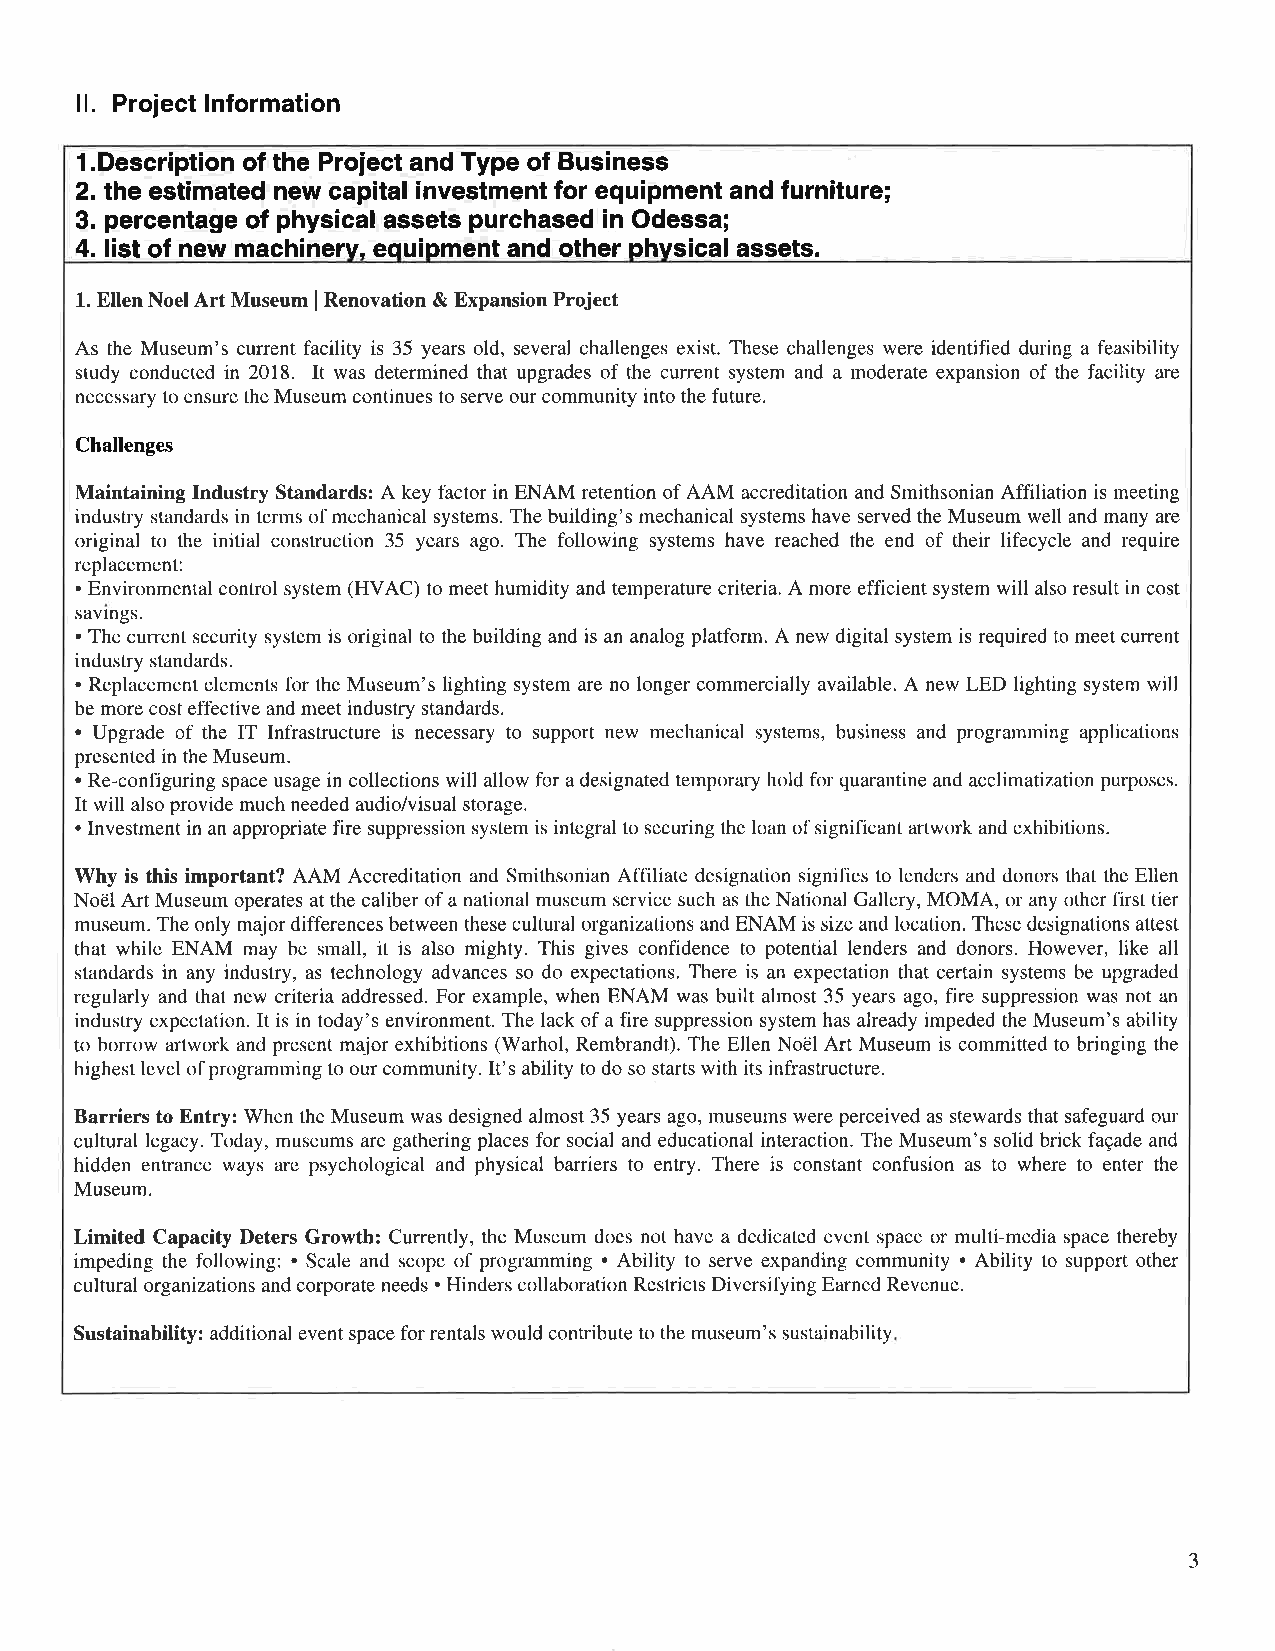
ll. Project lnformation
 l.Description of the Project and Type of Business
 2. the estimated new capital investment for equipment and furniture;
 3. percentage of physical assets purchased in Odessa;
 4. list of new machinerv. equipment and other phvsical assets.
 1. Ellen Noel Art Museum I Renovation & Expansion Project
 As the Museum's current facility is 35 years old, several challenges exist. These challenges were identified during a feasibility
 study conducted in 2018. It was determined that upgrades of the current system and a moderate expansion of the facility are
 necessary to ensure the Museum continues to serve our community into the future.
 Challenges
 Maintaining Industry Standards: A key factor in ENAM retention of AAM accreditation and Smithsonian Affiliation is meeting
 industry standards in terms of mechanical systems. The building's mechanical systems have served the Museum well and many are
 original to the initial construction 35 years ago. The following systems have reached the end of their lifecycle and require
 replacement:
 . Environmental control system (HVAC) to meet humidity and temperature criteria. A more efficient system will also result in cost
 savings.
 . The current security system is original to the building and is an analog platform. A new digital system is required to meet current
 industry standards.
 . Replacement elements for the Museum's lighting system are no longer commercially available. A new LED lighting system will
 be more cost effective and meet industry standards.
 . Upgrade of the IT Infrastructure is necessary to support new mechanical systems, business and programming applications
 presented in the Museum.
 . Re-configuring space usage in collections will allow for a designated temporary hold for quarantine and acclimatization purposes.
 It will also provide much needed audio/visual storage.
 . Investment in an appropriate fire suppression system is integral to securing the loan of significant artwork and exhibitions.
 Why is this important? AAM Accreditation and Smithsonian Affiliate designation signifies to lenders and donors that the Ellen
 Nodl Art Museum operates at the caliber of a national museum service such as the National Gallery, MOMA, or any other first tier
 museum. The only major differences between these cultural organizations and ENAM is size and location. These designations attest
 that while ENAM may be small, it is also mighty. This gives confidence to potential lenders and donors. However, like all
 standards in any industry, as technology advances so do expectations. There is an expectation that certain systems be upgraded
 regularly and that new criteria addressed. For example, when ENAM was built almost 35 years ago, fire suppression was not an
 industry expectation. It is in today's environment. The lack of a fire suppression system has already impeded the Museum's ability
 to borrow artwork and present major exhibitions (Warhol, Rembrandt). The Ellen Nodl Art Museum is committed to bringing the
 highest level of programming to our community. It's ability to do so starts with its infrastructure.
 Barriers to Entry: When the Museum was designed almost 35 years ago, museums were perceived as stewards that safeguard our
 cultural legacy. Today, museums are gathering places for social and educational interaction. The Museum's solid brick faqade and
 hidden entrance ways are psychological and physical barriers to entry. There is constant confusion as to where to enter the
 Museum.
 Limited Capacity Deters Growth: Currently, the Museum does not have a dedicated event space or multi-media space thereby
 impeding the following: . Scale and scope of programming . Ability to serve expanding community . Ability to support other
 cultural organizations and corporate needs . Hinders collaboration Restricts Diversifying Earned Revenue.
 Sustainability: additional event space for rentals would contribute to the museum's sustainability
 -t